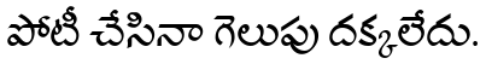
పోటీ చేసినా గెలుపు దక్కలేదు.